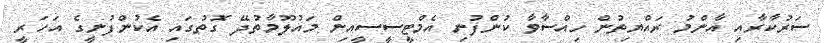
ސަރުކާރާއި އާންމު ރައްޔިތުން ހިއްސާވާ ކުންފުނި އެމްޓީސީސީއިން މައުލޫމާތުދޭ ގޮތުގައި އެކުންފުނީގެ އަހަރީ